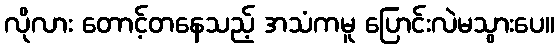
လိုလား တောင့်တနေသည့် အသံကမူ ပြောင်းလဲမသွားပေ။